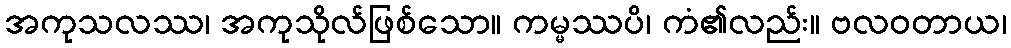
အကုသလဿ၊ အကုသိုလ်ဖြစ်သော။ ကမ္မဿပိ၊ ကံ၏လည်း။ ဗလဝတာယ၊